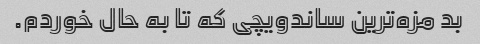
بد مزه‌ترین ساندویچی که تا به حال خوردم.